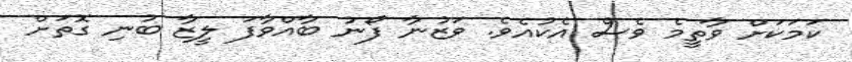
ކަމަކަށް ވާތީމެ ވެސް އެކުއެވެ. ވަޒުނާ ފޯނު ބާއްވާފަ ލީޒާ ބުނި ގޮތަށް